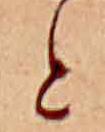
と